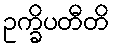
ဥက္ခိပတီတိ